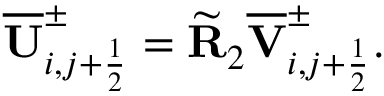
\overline { { \mathbf { U } } } _ { i , j + \frac { 1 } { 2 } } ^ { \pm } = \widetilde { \mathbf { R } } _ { 2 } \overline { { \mathbf { V } } } _ { i , j + \frac { 1 } { 2 } } ^ { \pm } .